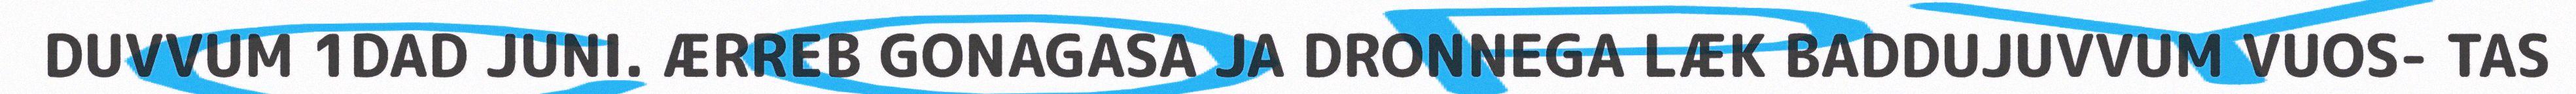
DUVVUM 1DAD JUNI. ÆRREB GONAGASA JA DRONNEGA LÆK BADDUJUVVUM VUOS- TAS